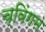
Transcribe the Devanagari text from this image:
च्विंगम